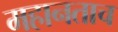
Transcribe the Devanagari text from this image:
महानताच